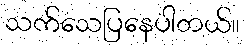
သက်သေပြနေပါတယ်။